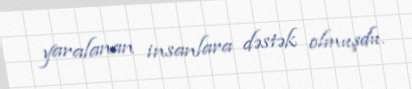
yaralanan insanlara dəstək olmuşdu.